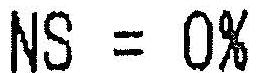
NS = 0%